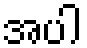
အပါ